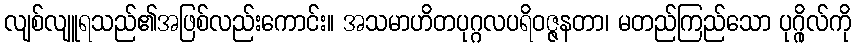
လျစ်လျူရသည်၏အဖြစ်လည်းကောင်း။ အသမာဟိတပုဂ္ဂလပရိဝဇ္ဇနတာ၊ မတည်ကြည်သော ပုဂ္ဂိုလ်ကို